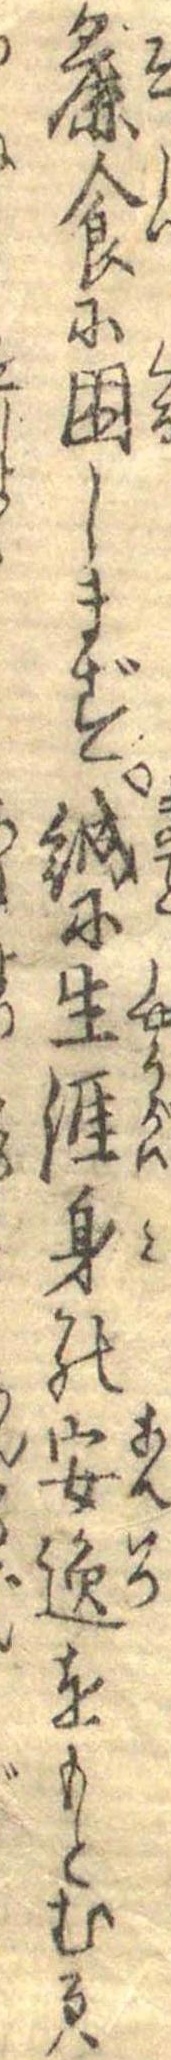
麁食に困しまず誠に生涯身の安逸をもとむるは